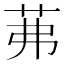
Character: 茀